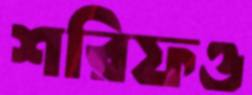
শরিফও